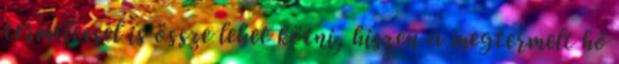
termeléssel is össze lehet kötni, hiszen a megtermelt hő